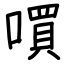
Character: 嘪